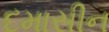
દમાસીન